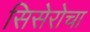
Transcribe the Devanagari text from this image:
सिसेरोचा